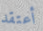
أعتقد